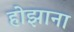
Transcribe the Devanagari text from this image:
होझाना